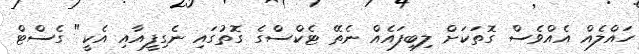
ހައްލެއް އެއްވެސް ގޮތަކަށް ލިބިފައެއް ނެތޭ ޓެކްސްގެ ގޮތުގައި ނެގިފީއާއި އެކީ" ގެސްޓް